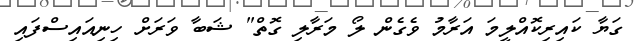
ގަޔާ ކައިރިކޮއްލީމަ އަރާމު ވެގެން ލޯ މަރާލި ގޮތް" ޝަބާ ވަރަށް ހިނިއައިސްފައި